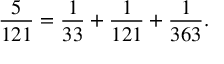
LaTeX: { \frac { 5 } { 1 2 1 } } = { \frac { 1 } { 3 3 } } + { \frac { 1 } { 1 2 1 } } + { \frac { 1 } { 3 6 3 } } .